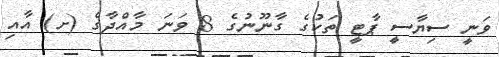
ވަނީ ސިޔާސީ ޕާޓީ ތަކުގެ ގާނޫނުގެ 8 ވަނަ މާއްދާގެ (ށ) އާއި